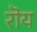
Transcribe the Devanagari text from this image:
रॊय